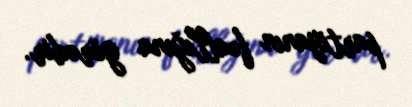
partiyanın fəallığına görədir.